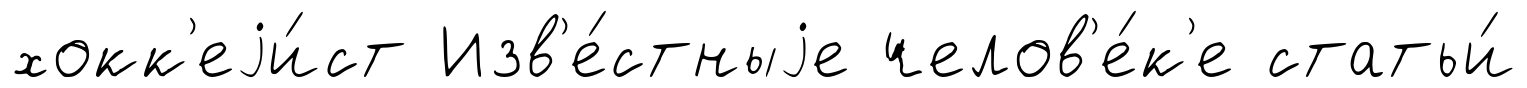
хокк'еjи́ст Изв'е́стныjе челов'е́к'е статьи́